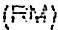
(RM)